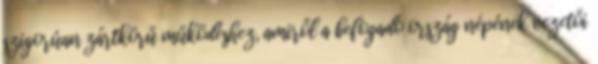
szigorúan zártkörű működéshez, amiről a befogadó ország népének vezetői